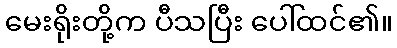
မေးရိုးတို့က ပီသပြီး ပေါ်ထင်၏။